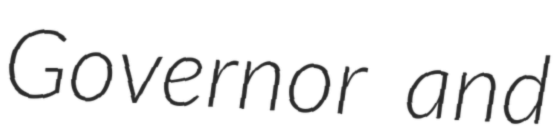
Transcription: Governor and